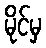
မိုင်မှ